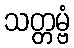
သတ္တမ္ဗံ